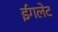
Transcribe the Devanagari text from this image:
ईगलेट